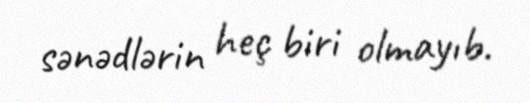
sənədlərin heç biri olmayıb.